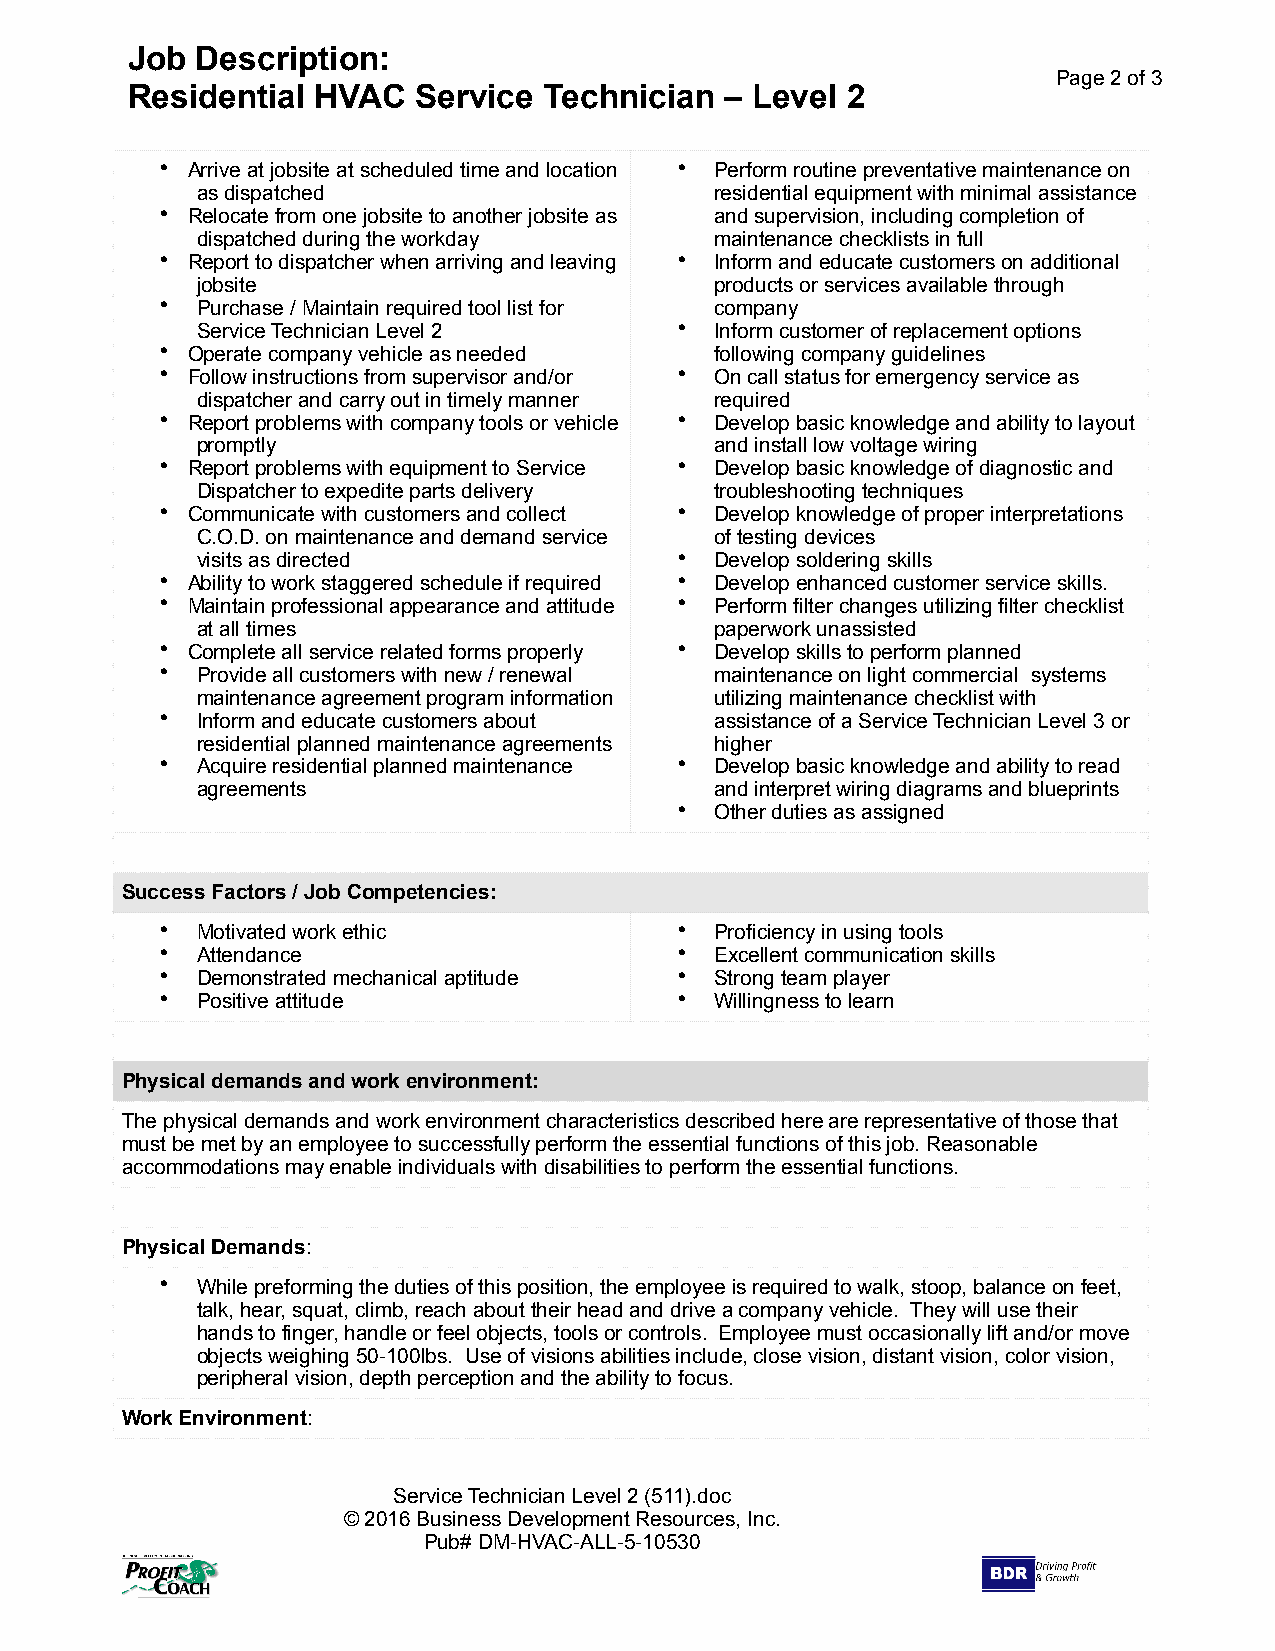
Job  Description:
 Page 2 of 3
 Residential  HVAC   Service Technician  – Level 2
 • Arrive at jobsite at scheduled time and location • Perform routine preventative maintenance on
 as dispatched                     residential equipment with minimal assistance
 • Relocate from one jobsite to another jobsite as and supervision, including completion of
 dispatched during the workday     maintenance checklists in full
 • Report to dispatcher when arriving and leaving • Inform and educate customers on additional
 jobsite                           products or services available through
 • Purchase / Maintain required tool list for company
 Service Technician Level 2      • Inform customer of replacement options
 • Operate company vehicle as needed following company guidelines
 • Follow instructions from supervisor and/or • On call status for emergency service as
 dispatcher and carry out in timely manner required
 • Report problems with company tools or vehicle • Develop basic knowledge and ability to layout
 promptly                          and install low voltage wiring
 • Report problems with equipment to Service • Develop basic knowledge of diagnostic and
 Dispatcher to expedite parts delivery troubleshooting techniques
 • Communicate with customers and collect • Develop knowledge of proper interpretations
 C.O.D. on maintenance and demand service of testing devices
 visits as directed              • Develop soldering skills
 • Ability to work staggered schedule if required • Develop enhanced customer service skills.
 • Maintain professional appearance and attitude • Perform filter changes utilizing filter checklist
 at all times                      paperwork unassisted
 • Complete all service related forms properly • Develop skills to perform planned
 • Provide all customers with new / renewal maintenance on light commercial systems
 maintenance agreement program information utilizing maintenance checklist with
 • Inform and educate customers about assistance of a Service Technician Level 3 or
 residential planned maintenance agreements higher
 • Acquire residential planned maintenance • Develop basic knowledge and ability to read
 agreements                        and interpret wiring diagrams and blueprints
 • Other duties as assigned
 Success Factors / Job Competencies:
 • Motivated work ethic            • Proficiency in using tools
 • Attendance                      • Excellent communication skills
 • Demonstrated mechanical aptitude • Strong team player
 • Positive attitude               • Willingness to learn
 Physical demands and work environment:
 The physical demands and work environment characteristics described here are representative of those that
 must be met by an employee to successfully perform the essential functions of this job. Reasonable
 accommodations may enable individuals with disabilities to perform the essential functions.
 Physical Demands:
 • While preforming the duties of this position, the employee is required to walk, stoop, balance on feet,
 talk, hear, squat, climb, reach about their head and drive a company vehicle. They will use their
 hands to finger, handle or feel objects, tools or controls. Employee must occasionally lift and/or move
 objects weighing 50-100lbs. Use of visions abilities include, close vision, distant vision, color vision,
 peripheral vision, depth perception and the ability to focus.
 Work Environment:
 Service Technician Level 2 (511).doc
 © 2016 Business Development Resources, Inc.
 Pub# DM-HVAC-ALL-5-10530